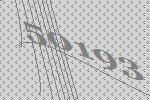
50193